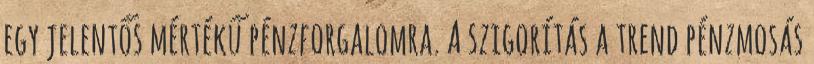
egy jelentős mértékű pénzforgalomra. A szigorítás a trend pénzmosás